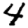
Digit: 4